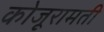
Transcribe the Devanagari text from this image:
कोजूरामती